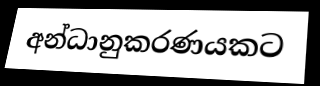
අන්ධානුකරණයකට